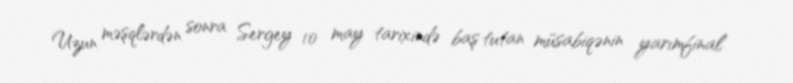
Uzun məşqlərdən sonra Sergey 10 may tarixində baş tutan müsabiqənin yarımfinal